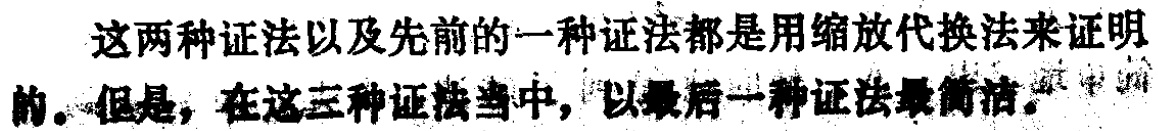
这两种证法以及先前的一种证法都是用缩放代换法来证明的。但是，在这三种证法当中，以最后一种证法最简洁。